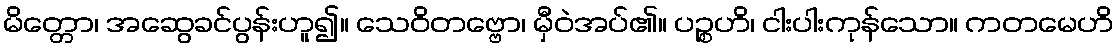
မိတ္တော၊ အဆွေခင်ပွန်းဟူ၍။ သေဝိတဗ္ဗော၊ မှီဝဲအပ်၏။ ပဉ္စဟိ၊ ငါးပါးကုန်သော။ ကတမေဟိ